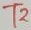
Text: T2